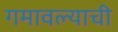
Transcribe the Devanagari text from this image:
गमावल्याची